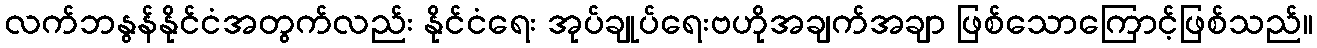
လက်ဘနွန်နိုင်ငံအတွက်လည်း နိုင်ငံရေး အုပ်ချုပ်ရေးဗဟိုအချက်အချာ ဖြစ်သောကြောင့်ဖြစ်သည်။